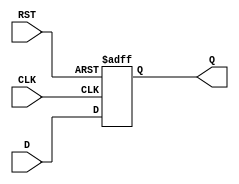
module StoreRegister (
    input wire [N-1:0] D,    // Data input (N-bit wide)
    input wire CLK,           // Clock signal
    input wire RST,           // Asynchronous reset
    output reg [N-1:0] Q      // Data output (N-bit wide)
);
    parameter N = 8;          // Parameter to define the width of the register

    // Asynchronous reset and synchronous data capture
    always @(posedge CLK or posedge RST) begin
        if (RST) begin
            Q <= {N{1'b0}};    // Clear the register (set to 0)
        end else begin
            Q <= D;            // Capture input data on clock edge
        end
    end
endmodule